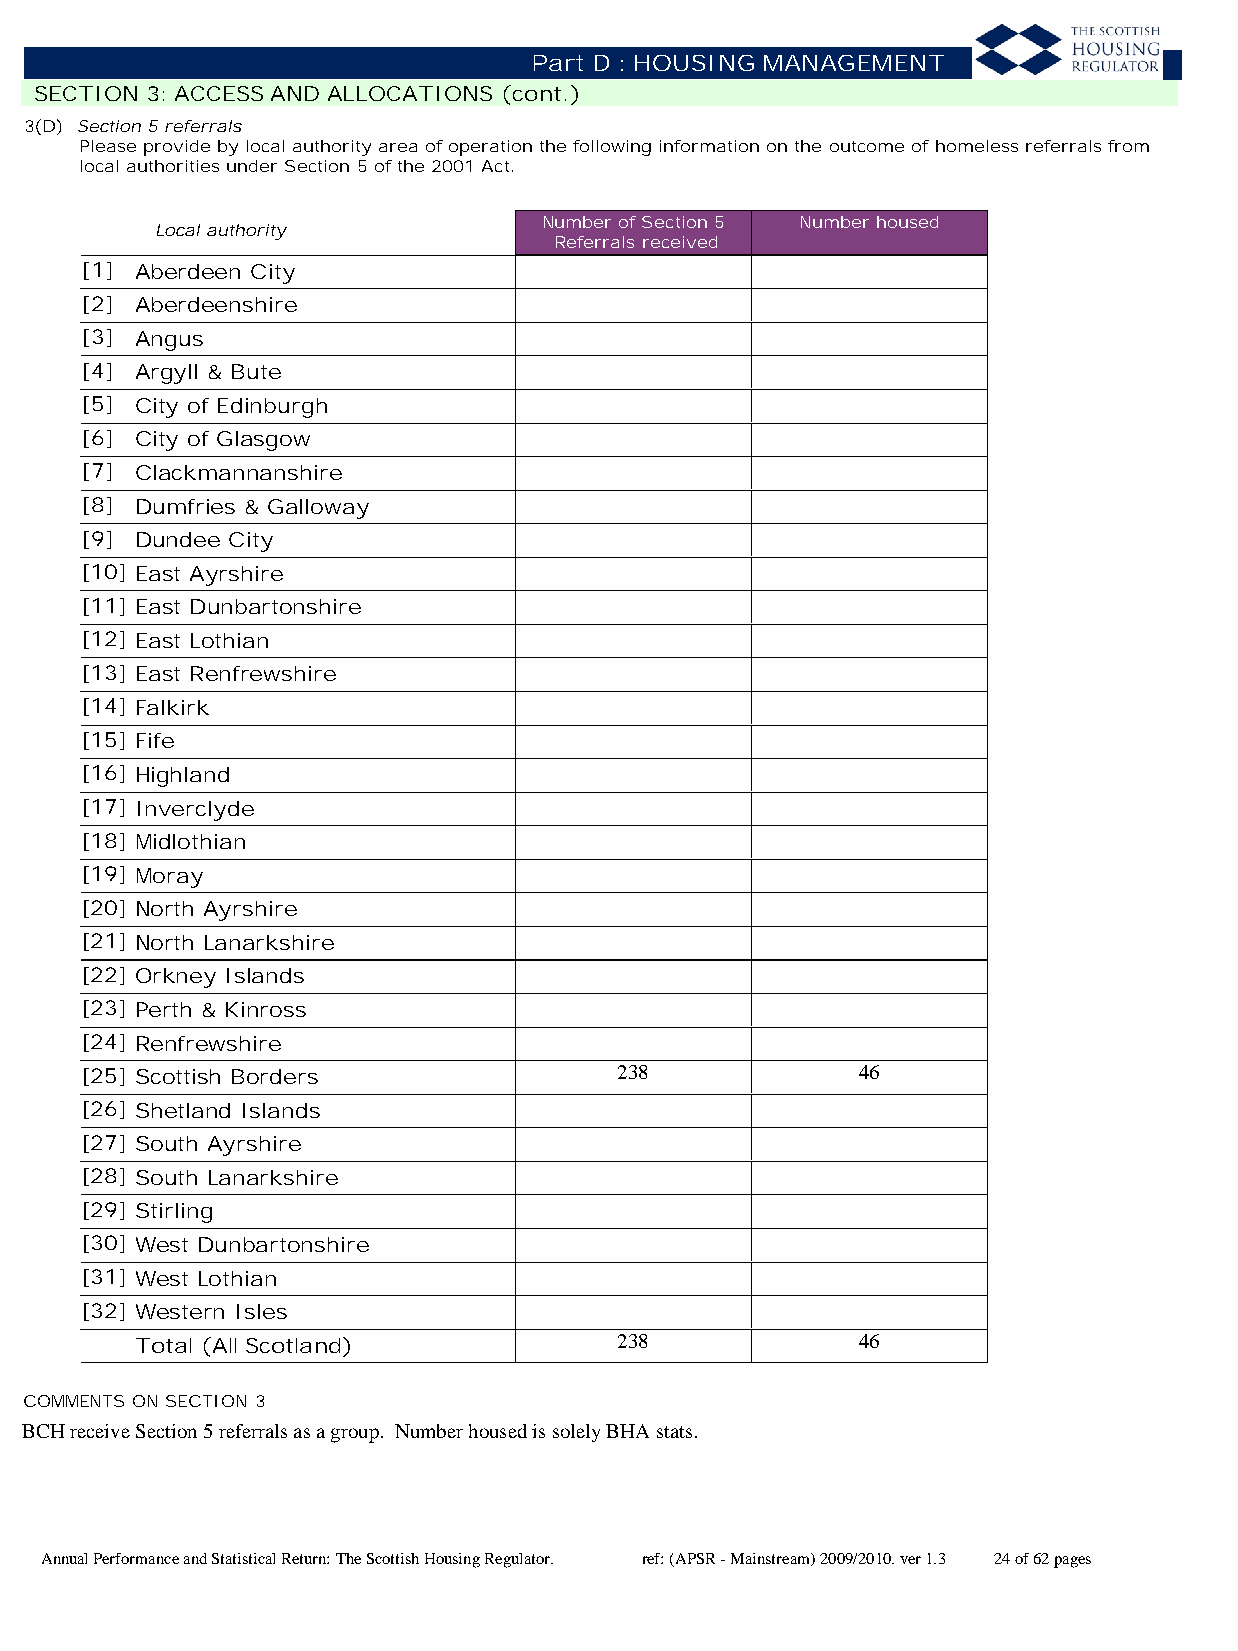
Part D : HOUSING MANAGEMENT
 SECTION 3: ACCESS AND ALLOCATIONS (cont.)
 3(D) Section 5 referrals
 Please provide by local authority area of operation the following information on the outcome of homeless referrals from
 local authorities under Section 5 of the 2001 Act.
 Number of Section 5 Number housed
 Local authority
 Referrals received
 [1] Aberdeen City
 [2] Aberdeenshire
 [3] Angus
 [4] Argyll & Bute
 [5] City of Edinburgh
 [6] City of Glasgow
 [7] Clackmannanshire
 [8] Dumfries & Galloway
 [9] Dundee City
 [10] East Ayrshire
 [11] East Dunbartonshire
 [12] East Lothian
 [13] East Renfrewshire
 [14] Falkirk
 [15] Fife
 [16] Highland
 [17] Inverclyde
 [18] Midlothian
 [19] Moray
 [20] North Ayrshire
 [21] North Lanarkshire
 [22] Orkney Islands
 [23] Perth & Kinross
 [24] Renfrewshire
 [25] Scottish Borders               238             46
 [26] Shetland Islands
 [27] South Ayrshire
 [28] South Lanarkshire
 [29] Stirling
 [30] West Dunbartonshire
 [31] West Lothian
 [32] Western Isles
 Total (All Scotland)            238             46
 COMMENTS ON SECTION 3
 BCH receive Section 5 referrals as a group. Number housed is solely BHA stats.
 Annual Performance and Statistical Return: The Scottish Housing Regulator. ref: (APSR - Mainstream) 2009/2010. ver 1.3 24 of 62 pages